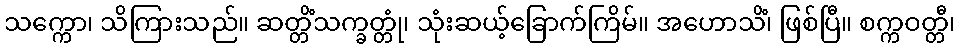
သက္ကော၊ သိကြားသည်။ ဆတ္တိံသက္ခတ္တုံ၊ သုံးဆယ့်ခြောက်ကြိမ်။ အဟောသိံ၊ ဖြစ်ပြီ။ စက္ကဝတ္တီ၊